Vaccination North-Western Provinces and Oudh 1878-1895 - 1878-1895
Year: 1878
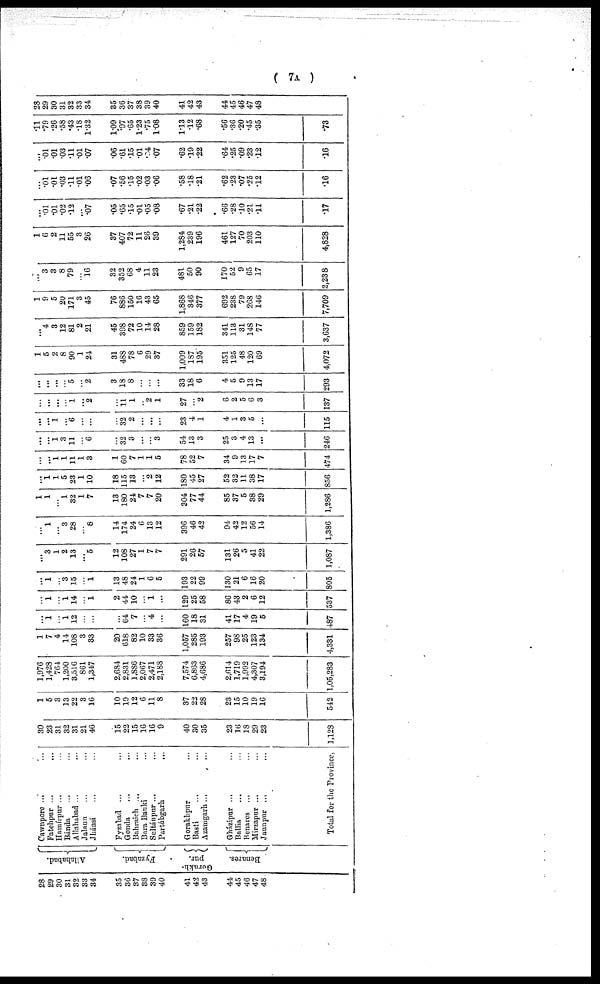
( 7A )
28
29
30
31
32
33
34
35
36
37
38
39
40
41
42
43
44
45
46
47
48
Allahabad.
Fyzabad.
Gorakh¬
pur.
Benares.
Cawnporo ... ...
Fatehpur
...
...
Hamírpur ... ...
Bánda ... ...
Allahabad ... ...
Jalann ... ...
Jhánsi ... ...
Fyzabad ... ...
Gonda ... ...
Bahraich ... ...
Bara Banki ...
Sultánpur ... ...
Partábgarh ...
Gorakhpur ...
Basti ... ...
Azamgarh
...
...
Gházipur ... ...
Ballia ... ...
Benares ... ...
Mirzapur ... ...
Jaunpur ... ...
Total for the Province,
30
23
31
32
31
21
46
15
22
15
16
16
9
40
30
35
23
16
18
29
23
1,128
1
5
3
13
22
3
16
10
19
12
6
11
8
37
22
28
23
15
10
19
16
542
1,976
1,428
764
1,200
3,516
861
1,347
2,684
2,831
1,886
2,067
2,471
2,188
7,574
6,863
4,686
2,614
1,719
1,992
4,307
3,194
1,05,283
1
7
4
14
108
3
33
20
618
82
10
33
36
1,057
285
193
257
98
25
123
134
4,331
...
1
...
1
12
...
...
...
64
7
...
4
...
160
18
31
41
17
4
19
5
487
...
1
...
1
14
...
1
2
44
10
...
1
...
129
25
58
86
43
2
6
12
537
...
1
...
3
15
...
1
13
48
24
1
6
5
193
22
99
130
21
6
16
20
805
...
3
1
2
13
...
5
12
108
27
1
7
7
291
26
57
131
26
5
41
22
1,087
...
1
...
3
28
...
8
14
174
24
6
13
12
396
46
42
94
42
12
56
14
1,386
1
1
...
1
32
1
7
13
180
24
7
7
20
304
77
44
85
37
5
38
29
1,286
...
1
1
5
23
1
10
18
115
13
...
2
12
180
45
27
52
32
11
38
17
856
...
...
1
1
11
1
3
1
60
7
1
1
5
78
52
7
34
9
13
17
7
474
...
...
1
3
11
...
6
...
32
3
...
...
3
54
13
3
25
3
4
13
...
246
...
...
1
...
6
...
...
...
32
2
...
...
...
23
4
1
4
1
3
5
...
115
...
...
...
...
1
...
2
...
11
1
...
2
1
27
...
2
6
2
5
6
3
137
...
...
...
...
5
...
2
3
18
8
...
...
...
33
18
6
4
5
9
13
17
293
1
5
2
8
90
1
24
31
488
78
6
29
37
1,009
187
195
351
125
48
120
69
4,072
...
4
3
12
81
2
21
45
398
72
10
14
28
859
159
182
341
113
31
148
77
3,637
1
9
5
20
171
3
45
76
886
150
16
43
65
1,868
346
377
692
238
79
268
146
7,709
...
3
3
8
79
...
16
32
352
68
4
11
23
481
50
90
170
52
9
65
17
2,238
1
6
2
11
55
3
26
37
407
72
11
26
39
1,284
239
196
461
127
70
203
110
4,828
...
.01
.01
.02
.12
...
.07
.05
.65
.15
.01
.05
.08
.67
.21
.22
.66
.28
.10
.21
.11
.17
...
.01
.01
.03
.11
.01
.06
.07
.56
.15
.02
.03
.06
.58
.18
.21
.62
.23
.07
.25
.12
.16
...
.01
.01
.03
.11
.01
.07
.06
.61
.15
.01
.04
.07
.62
.19
.22
.64
.25
.09
.23
.12
.16
.11
.79
.26
.58
.43
.18
1.32
1.09
.97
.65
1.23
.75
108
1.13
.12
.68
.56
.36
.20
.45
.35
.73
28
29
30
31
32
33
34
35
36
37
38
39
40
41
42
43
44
45
46
47
48